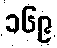
၁၆၉